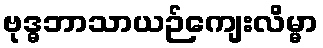
ဗုဒ္ဓဘာသာယဉ်ကျေးလိမ္မာ